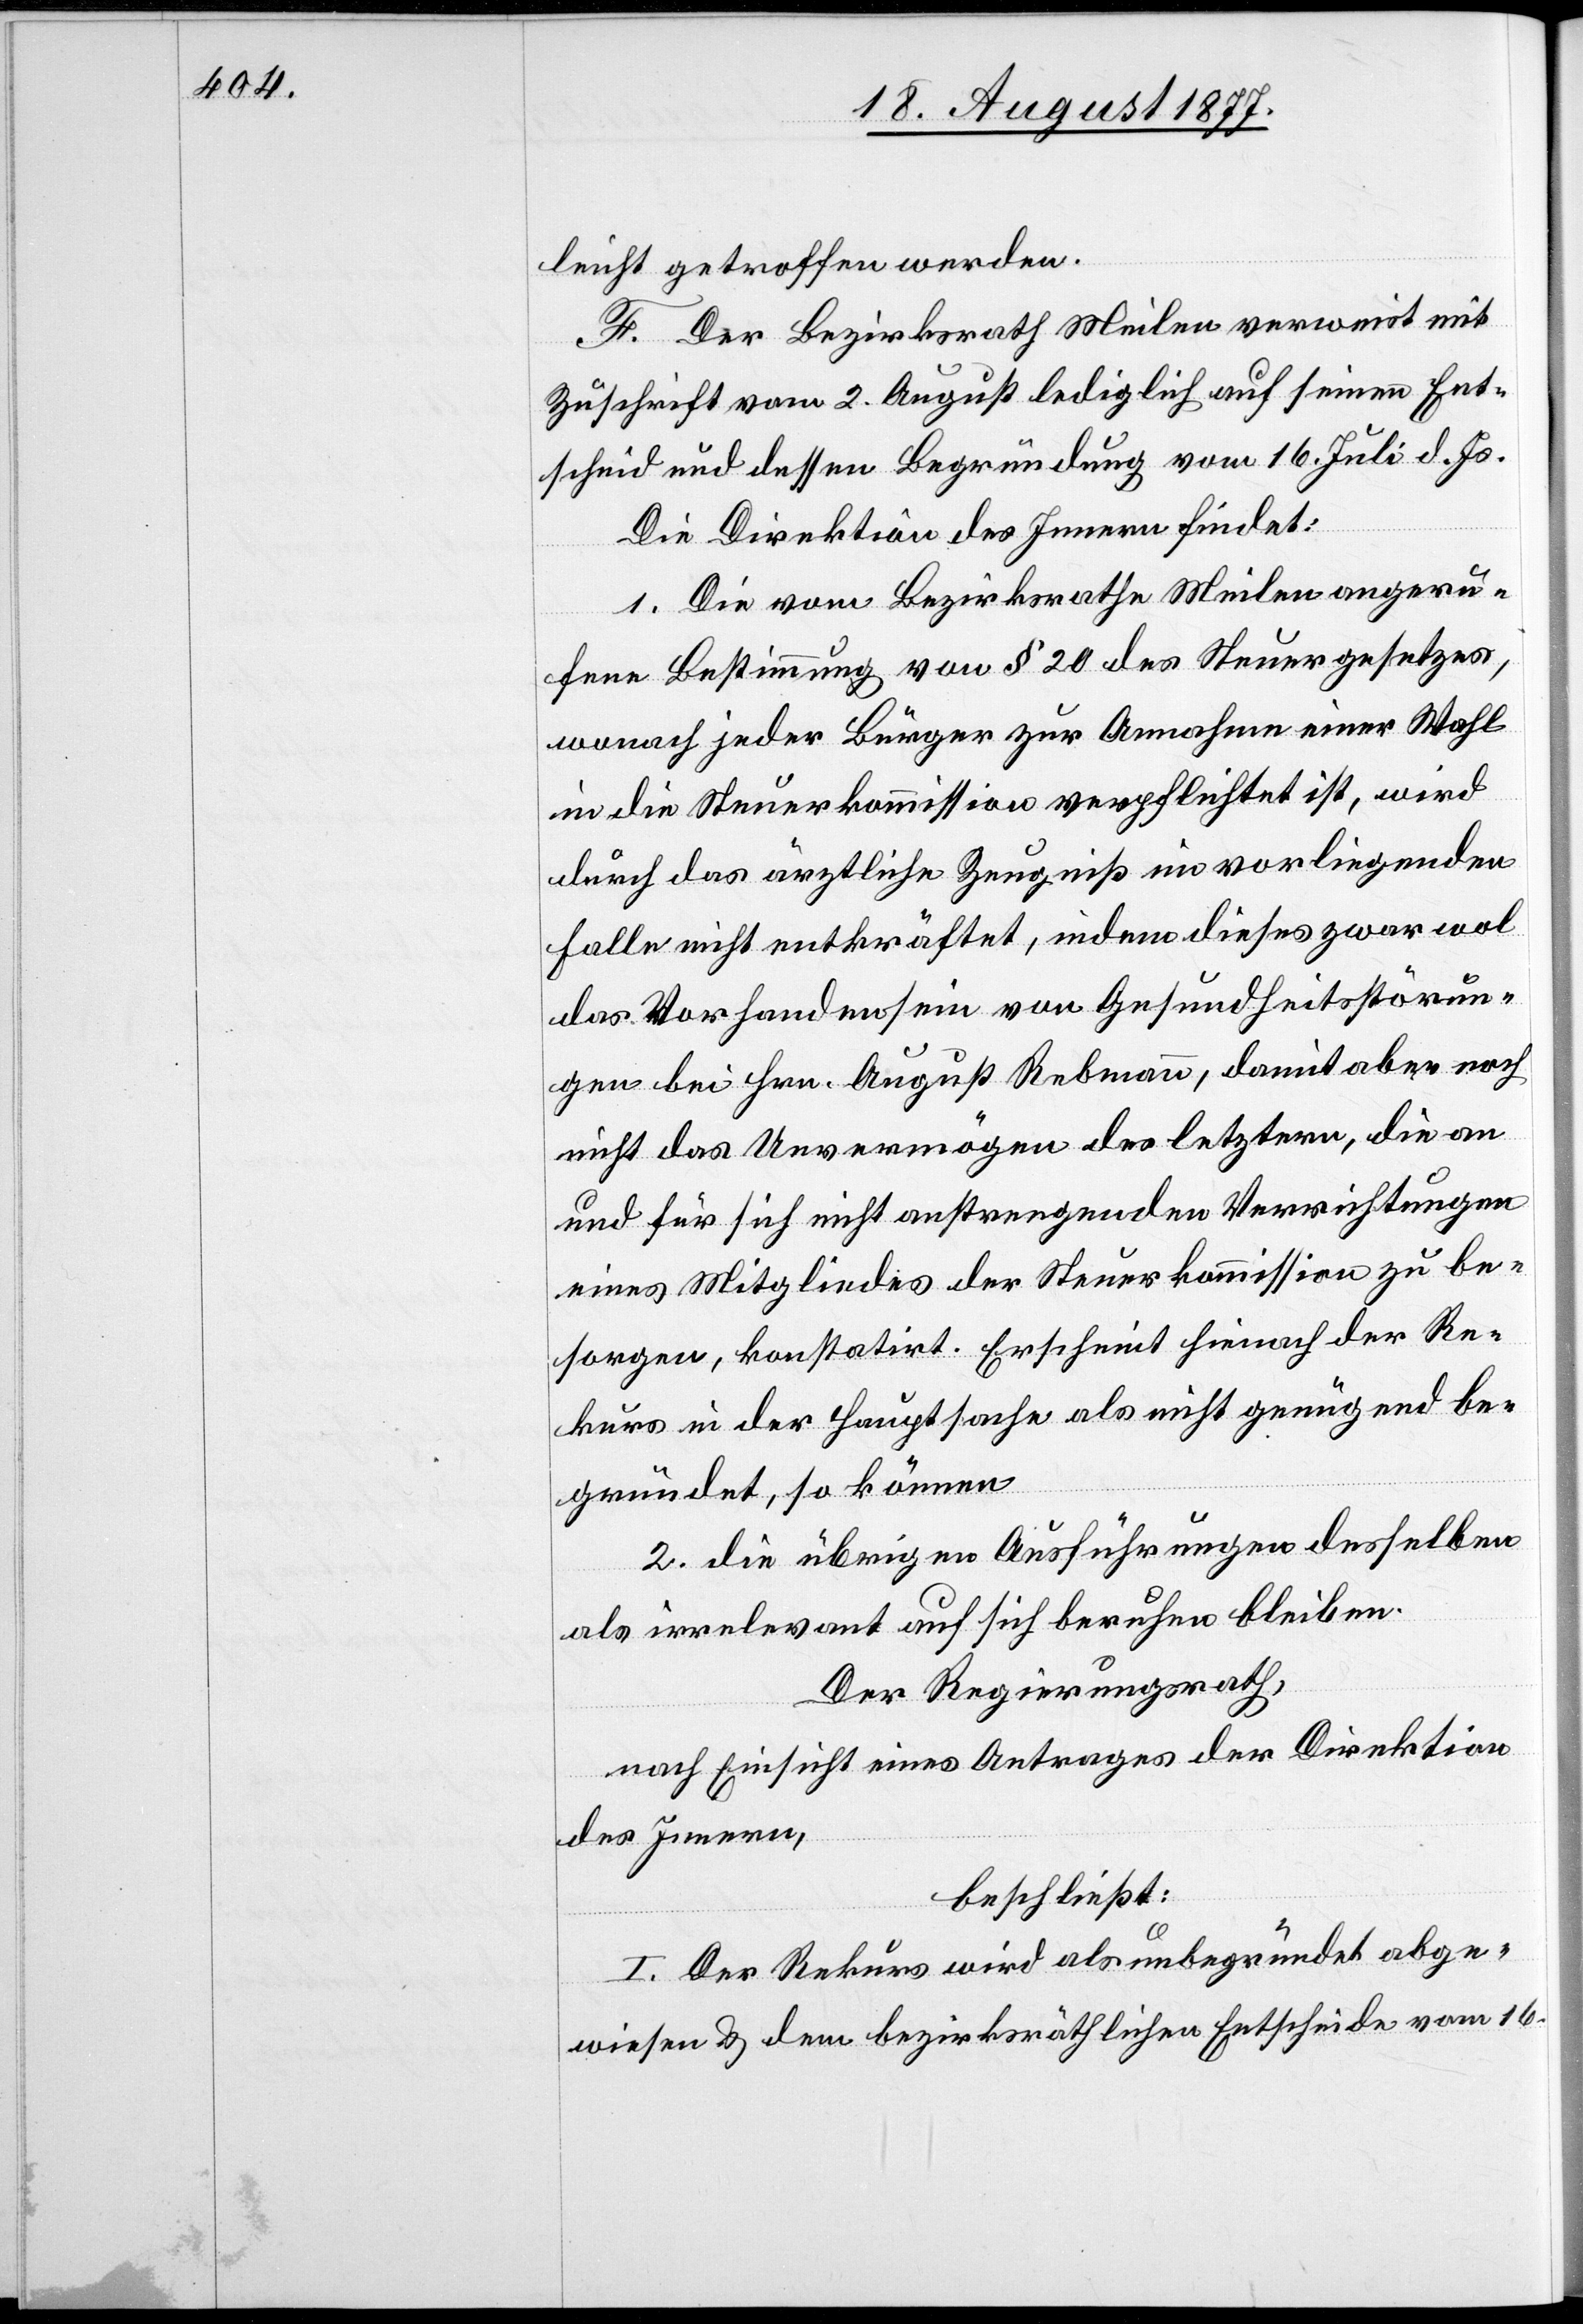
leicht getroffen werden.
F. Der Bezirksrath Meilen verweist mit
Zuschrift vom 2. August lediglich auf seinen Ent¬
scheid und dessen Begründung vom 16. Juli d. Js.
Die Direktion des Innern findet:
1. Die vom Bezirksrathe Meilen angeru¬
fene Bestimmung von § 20 des Steuergesetzes,
wonach jeder Bürger zur Annahme einer Wahl
in die Steuerkommission verpflichtet ist, wird
durch das ärztliche Zeugniß im vorliegenden
Falle nicht entkräftet, indem dieses zwar wol
das Vorhandensein von Gesundheitsstörun¬
gen bei Hrn. August Rebmann, damit aber noch
nicht das Unvermögen des letztern, die an
und für sich nicht anstrengenden Verrichtungen
eines Mitgliedes der Steuerkommission zu be¬
sorgen, konstatirt. Erscheint hienach der Re¬
kurs in der Hauptsache als nicht genügend be¬
gründet, so können
2. die übrigen Ausführungen desselben
als irrelevant auf sich beruhen bleiben.
Der Regierungsrath,
nach Einsicht eines Antrages der Direktion
des Innern,
beschließt:
I. Der Rekurs wird als unbegründet abge¬
wiesen & dem bezirksräthlichen Entscheide vom 16.